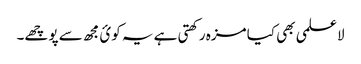
لاعلمی بھی کیا مزہ رکھتی ہے یہ کوئ مجھ سے پوچھے۔